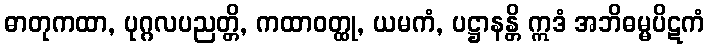
ဓာတုကထာ, ပုဂ္ဂလပညတ္တိ, ကထာဝတ္ထု, ယမကံ, ပဋ္ဌာနန္တိ ဣဒံ အဘိဓမ္မပိဋကံ